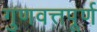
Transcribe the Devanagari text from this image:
गुणवत्तपूर्ण